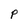
Character: P